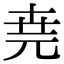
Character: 𠒖